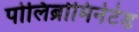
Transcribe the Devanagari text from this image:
पोलिब्रोमिनेटेड